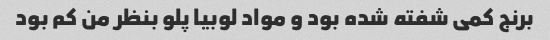
برنج کمی شفته شده بود و مواد لوبیا پلو بنظر من کم بود